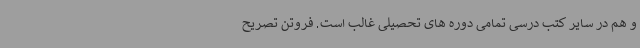
و هم در سایر کتب درسی تمامی دوره های تحصیلی غالب است. فروتن تصریح